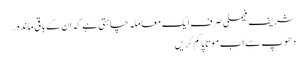
شریف فیملی صرف ایک معاملہ چاہتی ہے کہ ان کے باقی ماندہ…
دھوپ سے اب موتاپا کم کریں